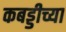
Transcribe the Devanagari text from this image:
कबड्डीच्या